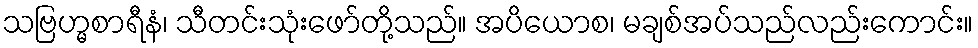
သဗြဟ္မစာရီနံ၊ သီတင်းသုံးဖော်တို့သည်။ အပိယောစ၊ မချစ်အပ်သည်လည်းကောင်း။